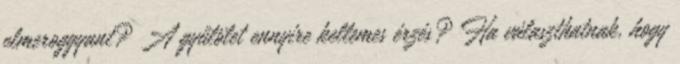
elmeroggyant? A gyűlölet ennyire kellemes érzés? Ha választhatnak, hogy